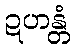
ဍဟန္တံ